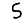
Digit: 5